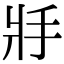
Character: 𢪇